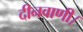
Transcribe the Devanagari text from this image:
दीनवाणी।